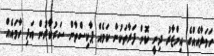
ހަމަލާއެއްގެ އިންޒާރު ދިނީ ކޮން ފަރާތަކުން ކަމެއް ޕާކިސްތާން ސަރުކާރުން އަދި ހާމައެއް